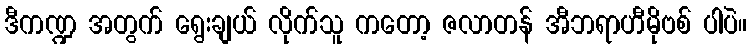
ဒီကဏ္ဍ အတွက် ရွေးချယ် လိုက်သူ ကတော့ ဇလာတန် အီဘရာဟီမိုဗစ် ပါပဲ။